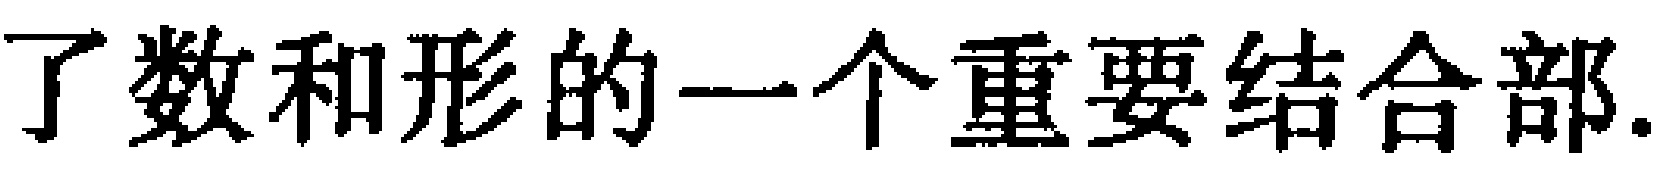
了数和形的一个重要结合部.